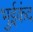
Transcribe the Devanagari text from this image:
भुईकंद